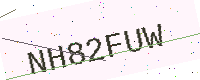
Text: NH82FUW